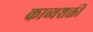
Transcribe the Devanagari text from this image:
काव्यशक्ती